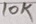
Text: 10K